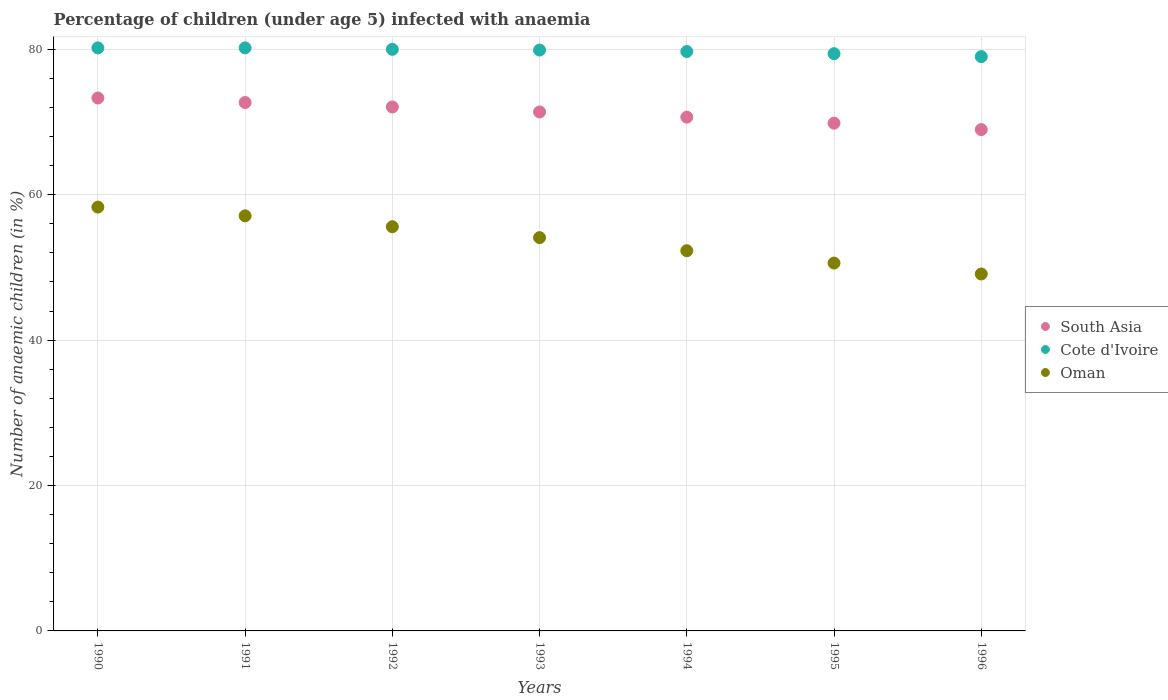
| Years | South Asia | Cote d'Ivoire | Oman |
 | --- | --- | --- | --- |
 | 1990 | 73.3 | 80.2 | 58.3 |
 | 1991 | 72.7 | 80.2 | 57.1 |
 | 1992 | 72.1 | 80 | 55.6 |
 | 1993 | 71.4 | 79.9 | 54.1 |
 | 1994 | 70.7 | 79.7 | 52.3 |
 | 1995 | 69.8 | 79.4 | 50.6 |
 | 1996 | 69 | 79 | 49.1 |